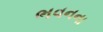
ભવનના